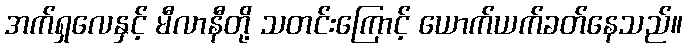
အက်ရှလေနှင့် မီလာနီတို့ သတင်းကြောင့် ယောက်ယက်ခတ်နေသည်။